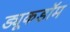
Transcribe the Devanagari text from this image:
ड्यूकडॉम